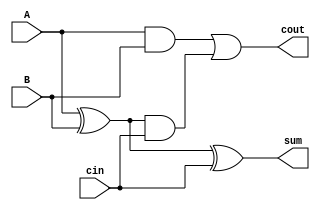
`timescale 1ns / 1ps
//////////////////////////////////////////////////////////////////////////////////
// Company: 
// 
// Design Name: 
// Module Name: Full_adder
// Project Name: 
// Target Devices: 
// Tool Versions: 
// Description: 
// 
// Dependencies: 
// 
// Revision:
// Revision 0.01 - File Created
// Additional Comments: Gate Level Modeling
// 
//////////////////////////////////////////////////////////////////////////////////


module Full_adder (
    input A,
    input B,
    input cin,
    output sum,
    output cout
);

xor(s1,A,B);
and(c1,A,B);
xor(sum,s1,cin);
and(c2,s1,cin);
or(cout,c1,c2);

endmodule